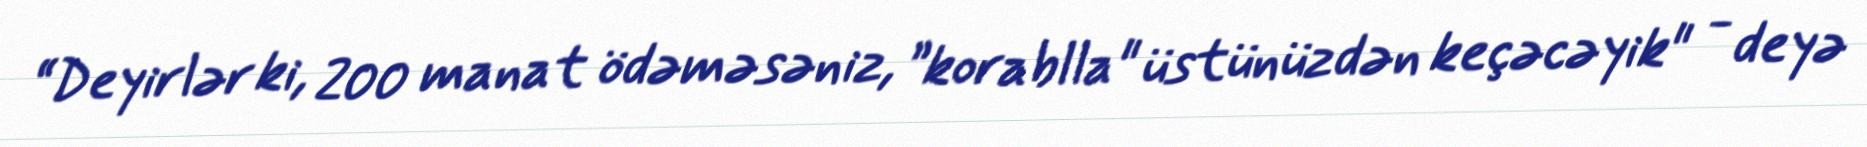
“Deyirlər ki, 200 manat ödəməsəniz, ”korablla" üstünüzdən keçəcəyik" - deyə